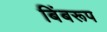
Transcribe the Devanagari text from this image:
बिंबरूप